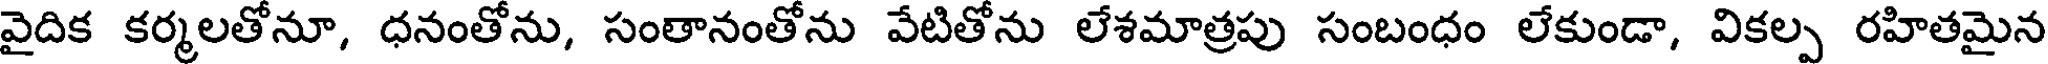
వైదిక కర్మలతోనూ, ధనంతోను, సంతానంతోను వేటితోను లేశమాత్రపు సంబంధం లేకుండా, వికల్ప రహితమైన